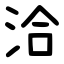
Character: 洽